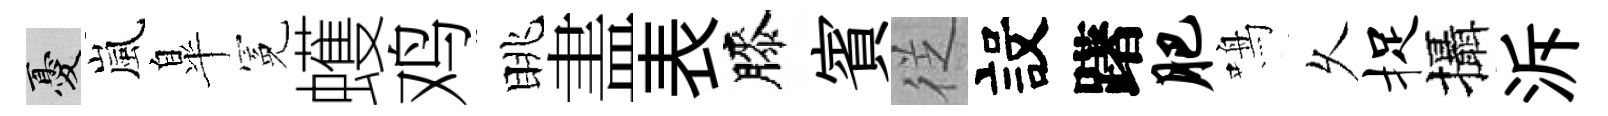
憂嵐臯冕蠖鸡眺𥁞表膝賓徔設躇肥鳴乆捉攝泝